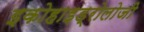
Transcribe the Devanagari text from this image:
इकोहाइड्रोलोजी